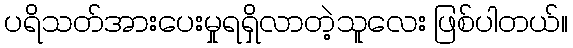
ပရိသတ်အားပေးမှုရရှိလာတဲ့သူလေး ဖြစ်ပါတယ်။